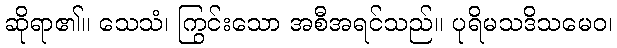
ဆိုရာ၏။ သေသံ၊ ကြွင်းသော အစီအရင်သည်။ ပုရိမသဒိသမေဝ၊